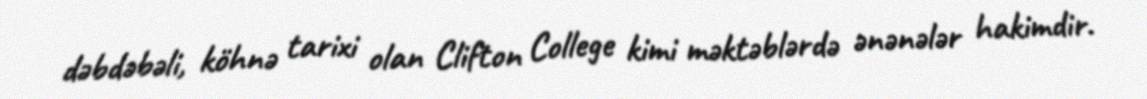
dəbdəbəli, köhnə tarixi olan Clifton College kimi məktəblərdə ənənələr hakimdir.